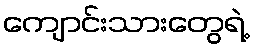
ကျောင်းသားတွေရဲ့